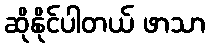
ဆိုနိုင်ပါတယ် ဖာသာ